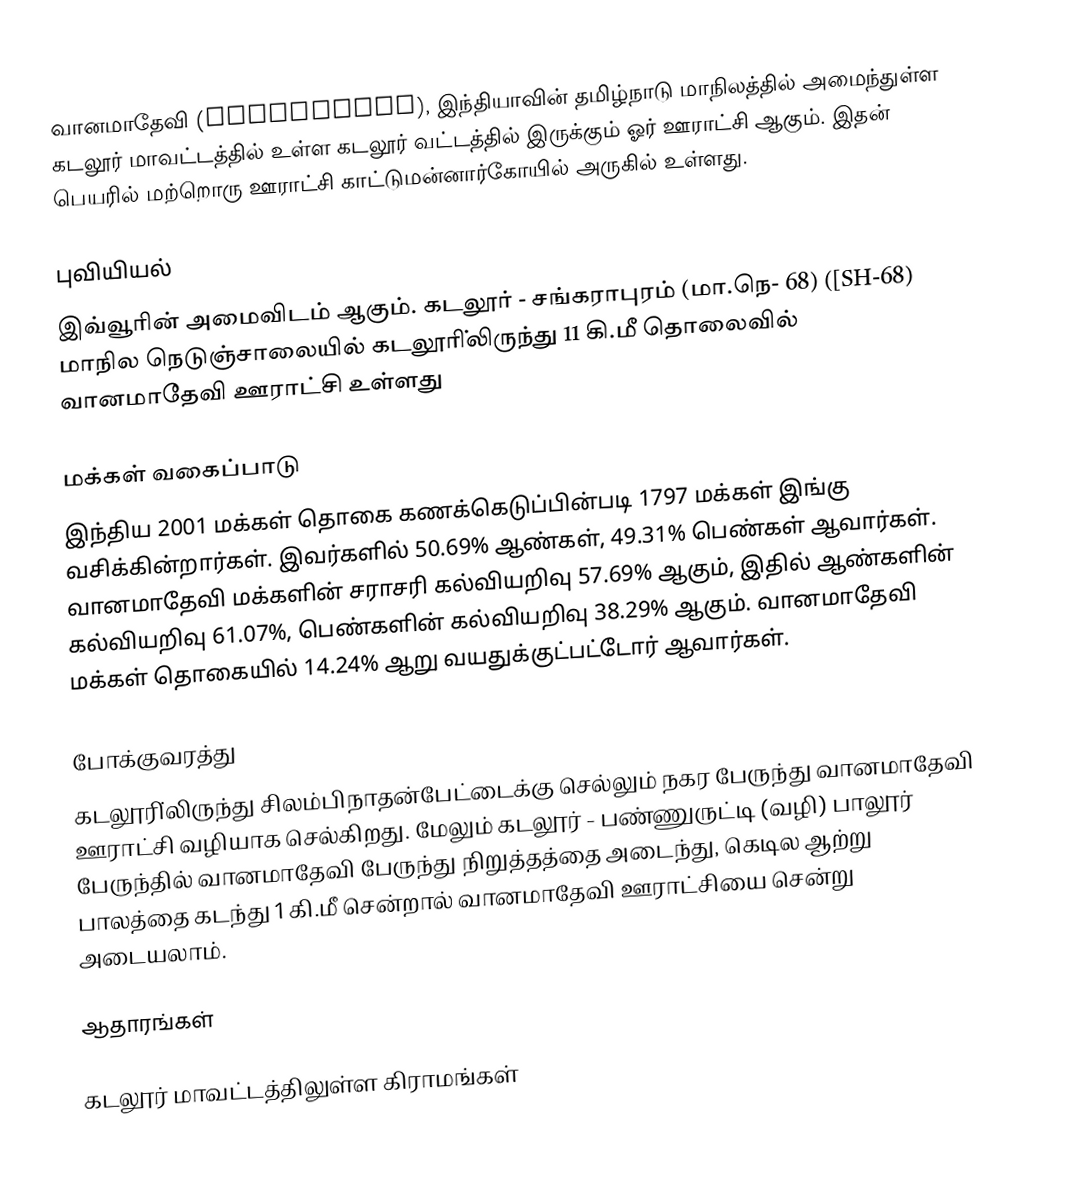
வானமாதேவி (Vanamadevi), இந்தியாவின் தமிழ்நாடு மாநிலத்தில் அமைந்துள்ள கடலூர்  மாவட்டத்தில் உள்ள கடலூர் வட்டத்தில் இருக்கும் ஓர் ஊராட்சி ஆகும். இதன் பெயரில் மற்றொரு ஊராட்சி காட்டுமன்னார்கோயில் அருகில் உள்ளது.

புவியியல்
இவ்வூரின் அமைவிடம்  ஆகும். கடலூர் - சங்கராபுரம் (மா.நெ- 68) ([SH-68) மாநில நெடுஞ்சாலையில்  கடலூரி்லிருந்து 11 கி.மீ தொலைவில்  வானமாதேவி ஊராட்சி உள்ளது

மக்கள் வகைப்பாடு
இந்திய 2001 மக்கள் தொகை கணக்கெடுப்பின்படி 1797 மக்கள் இங்கு வசிக்கின்றார்கள். இவர்களில் 50.69% ஆண்கள், 49.31% பெண்கள் ஆவார்கள். வானமாதேவி மக்களின் சராசரி கல்வியறிவு 57.69% ஆகும்,  இதில் ஆண்களின் கல்வியறிவு 61.07%,  பெண்களின் கல்வியறிவு 38.29% ஆகும். வானமாதேவி மக்கள் தொகையில் 14.24%  ஆறு வயதுக்குட்பட்டோர் ஆவார்கள்.

போக்குவரத்து
கடலூரி்லிருந்து சிலம்பிநாதன்பேட்டைக்கு செல்லும் நகர பேருந்து வானமாதேவி ஊராட்சி வழியாக செல்கிறது. மேலும் கடலூர் - பண்ணுருட்டி (வழி) பாலூர் பேருந்தில் வானமாதேவி பேருந்து நிறுத்தத்தை அடைந்து, கெடில ஆற்று பாலத்தை கடந்து  1 கி.மீ சென்றால் வானமாதேவி ஊராட்சியை சென்று அடையலாம்.

ஆதாரங்கள்

 கடலூர் மாவட்டத்திலுள்ள கிராமங்கள்